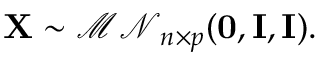
\mathbf { X } \sim { \mathcal { M N } } _ { n \times p } ( \mathbf { 0 } , \mathbf { I } , \mathbf { I } ) .